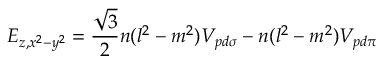
E _ { z , x ^ { 2 } - y ^ { 2 } } = { \frac { \sqrt { 3 } } { 2 } } n ( l ^ { 2 } - m ^ { 2 } ) V _ { p d \sigma } - n ( l ^ { 2 } - m ^ { 2 } ) V _ { p d \pi }